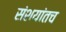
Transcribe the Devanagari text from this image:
संशयांतच